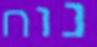
נוח